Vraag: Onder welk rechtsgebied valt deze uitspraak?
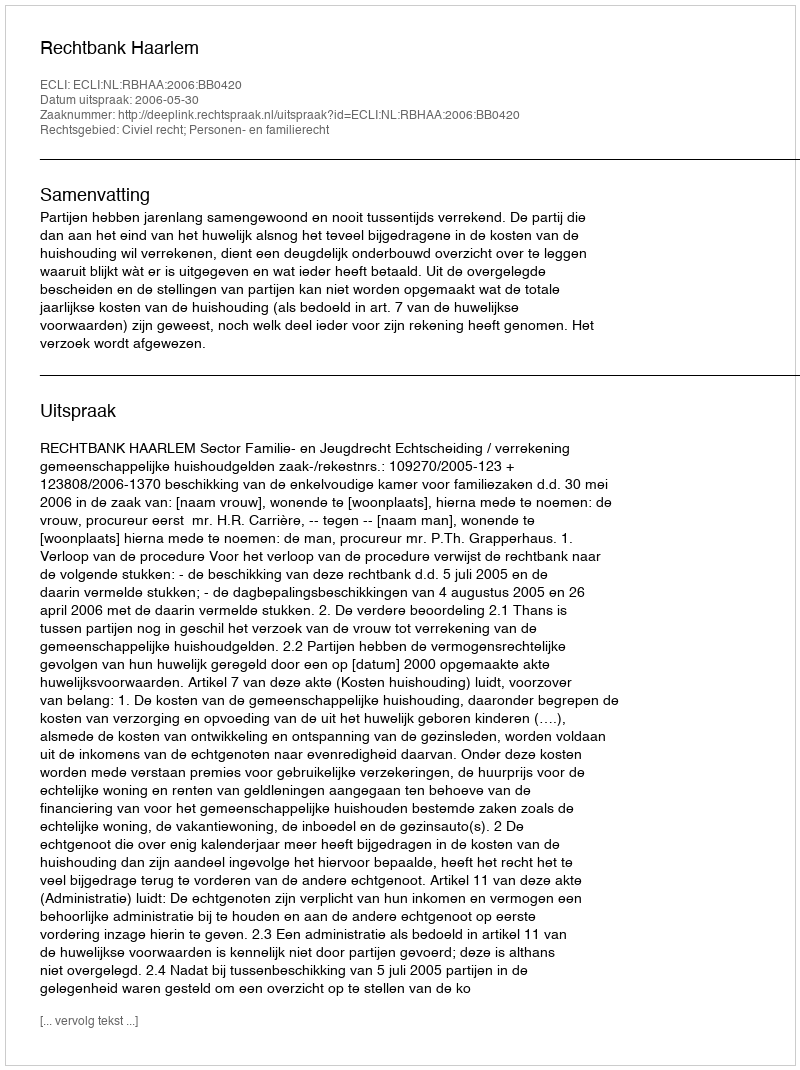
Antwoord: Civiel recht; Personen- en familierecht